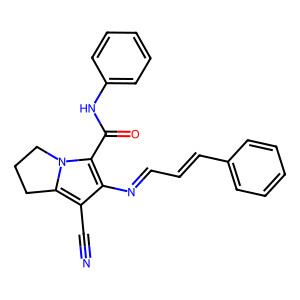
SMILES: N#Cc1c(N=CC=Cc2ccccc2)c(C(=O)Nc2ccccc2)n2c1CCC2
Inhibits HIV replication: No